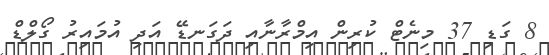
8 ގަޑި 37 މިނެޓް ކުރިން އިމްރާނާއި ދަގަނޑޭ އަދި އުމައިރު ގޯލްޑް